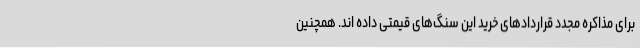
برای مذاکره مجدد قراردادهای خرید این سنگ‌های قیمتی داده اند. همچنین